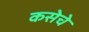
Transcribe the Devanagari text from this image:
कसेचे